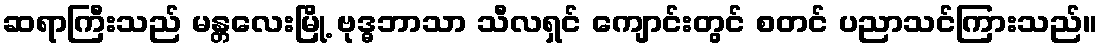
ဆရာကြီးသည် မန္တလေးမြို့ ဗုဒ္ဓဘာသာ သီလရှင် ကျောင်းတွင် စတင် ပညာသင်ကြားသည်။